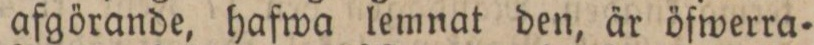
afgörande, hafwa lemnat den, är öfwerra=